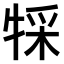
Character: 𤚀